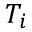
T _ { i }